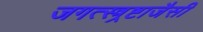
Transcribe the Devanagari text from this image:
जगत्स्त्र्रष्टाजैसी